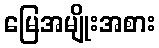
မြေအမျိုးအစား